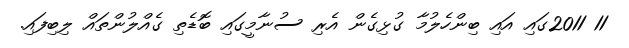
11 2011ގައި އައި ބިންހެލުމާ ގުޅިގެން އެރި ސުނާމީގައި ބޮޑެތި ގެއްލުންތައް ލިބިފައި.